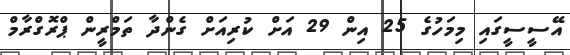
އޭސީސީގައި މިމަހުގެ 25 އިން 29 އަށް ކުރިއަށް ގެންދާ ތަމްރީން ޕްރޮގްރާމް